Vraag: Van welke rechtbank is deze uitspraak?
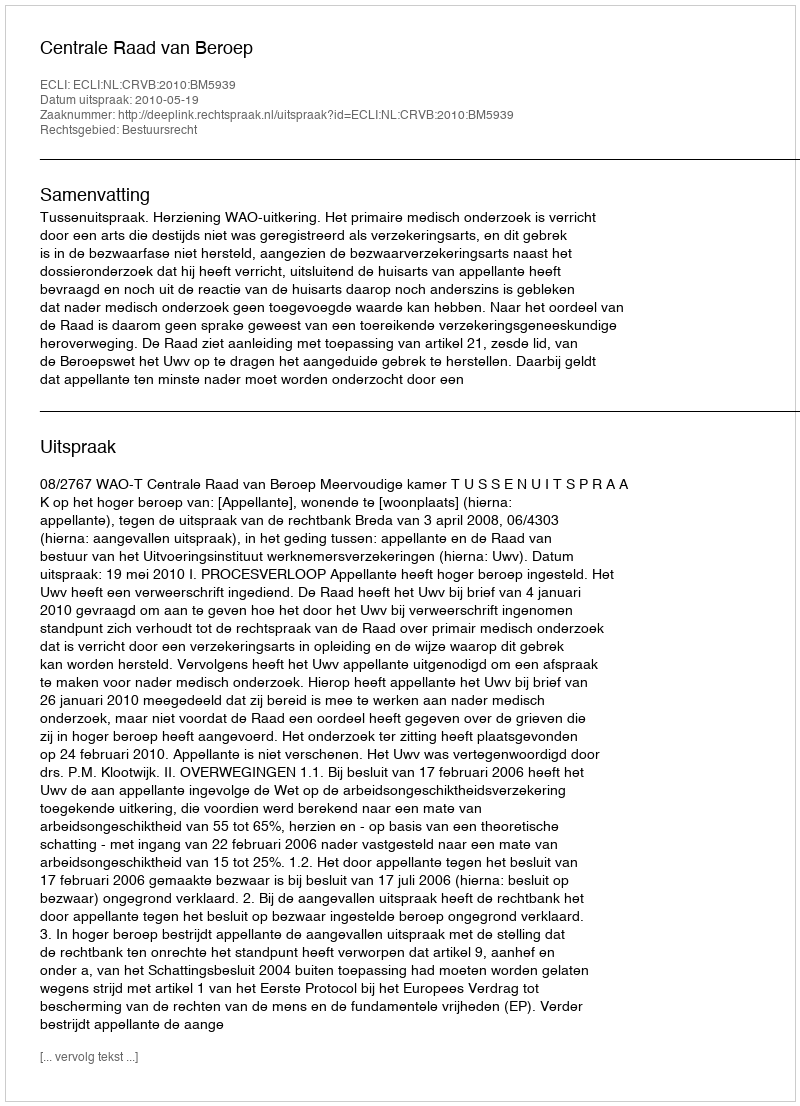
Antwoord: Centrale Raad van Beroep